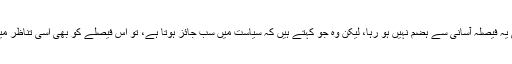
خود عوام کو بھی یہ فیصلہ آسانی سے ہضم نہیں ہو رہا، لیکن وہ جو کہتے ہیں کہ سیاست میں سب جائز ہوتا ہے، تو اس فیصلے کو بھی اسی تناظر میں لیا جانا چاہیے۔